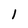
Character: 1